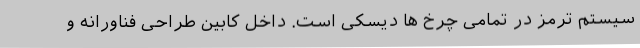
سیستم ترمز در تمامی چرخ ها دیسکی است. داخل کابین طراحی فناورانه و